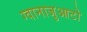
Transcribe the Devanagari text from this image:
ग्वानाजुआटो